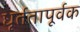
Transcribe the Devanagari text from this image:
धूर्ततापूर्वक